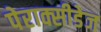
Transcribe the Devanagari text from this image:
पेराक्सीडेज